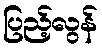
ပြည့်လွန်